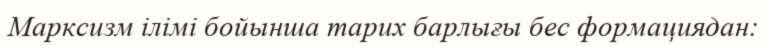
Марксизм ілімі бойынша тарих барлығы бес формациядан: